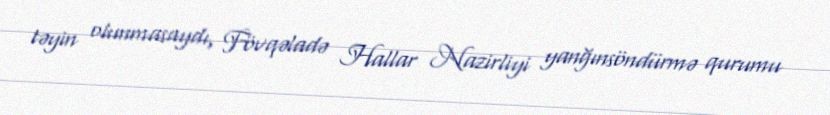
təyin olunmasaydı, Fövqəladə Hallar Nazirliyi yanğınsöndürmə qurumu